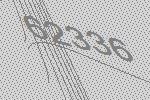
62336